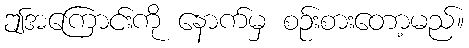
ဤအကြောင်းကို နောက်မှ စဉ်းစားတော့မည်။